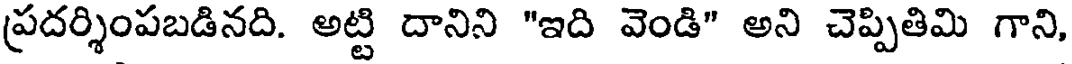
ప్రదర్శింపబడినది. అట్టి దానిని "ఇది వెండి" అని చెప్పితిమి గాని,